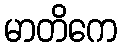
မာတိကေ